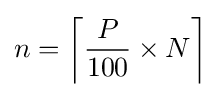
n=\left\lceil {\frac {P}{100}}\times N\right\rceil